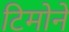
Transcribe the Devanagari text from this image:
टिमोने